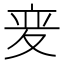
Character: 𫯌